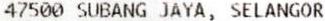
47500 SUBANG JAYA, SELANGOR